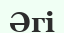
Әгі